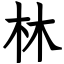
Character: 林